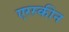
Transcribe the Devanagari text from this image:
एरस्कीन